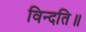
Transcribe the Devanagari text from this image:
विन्दति॥